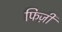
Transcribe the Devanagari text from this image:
फिज़ी